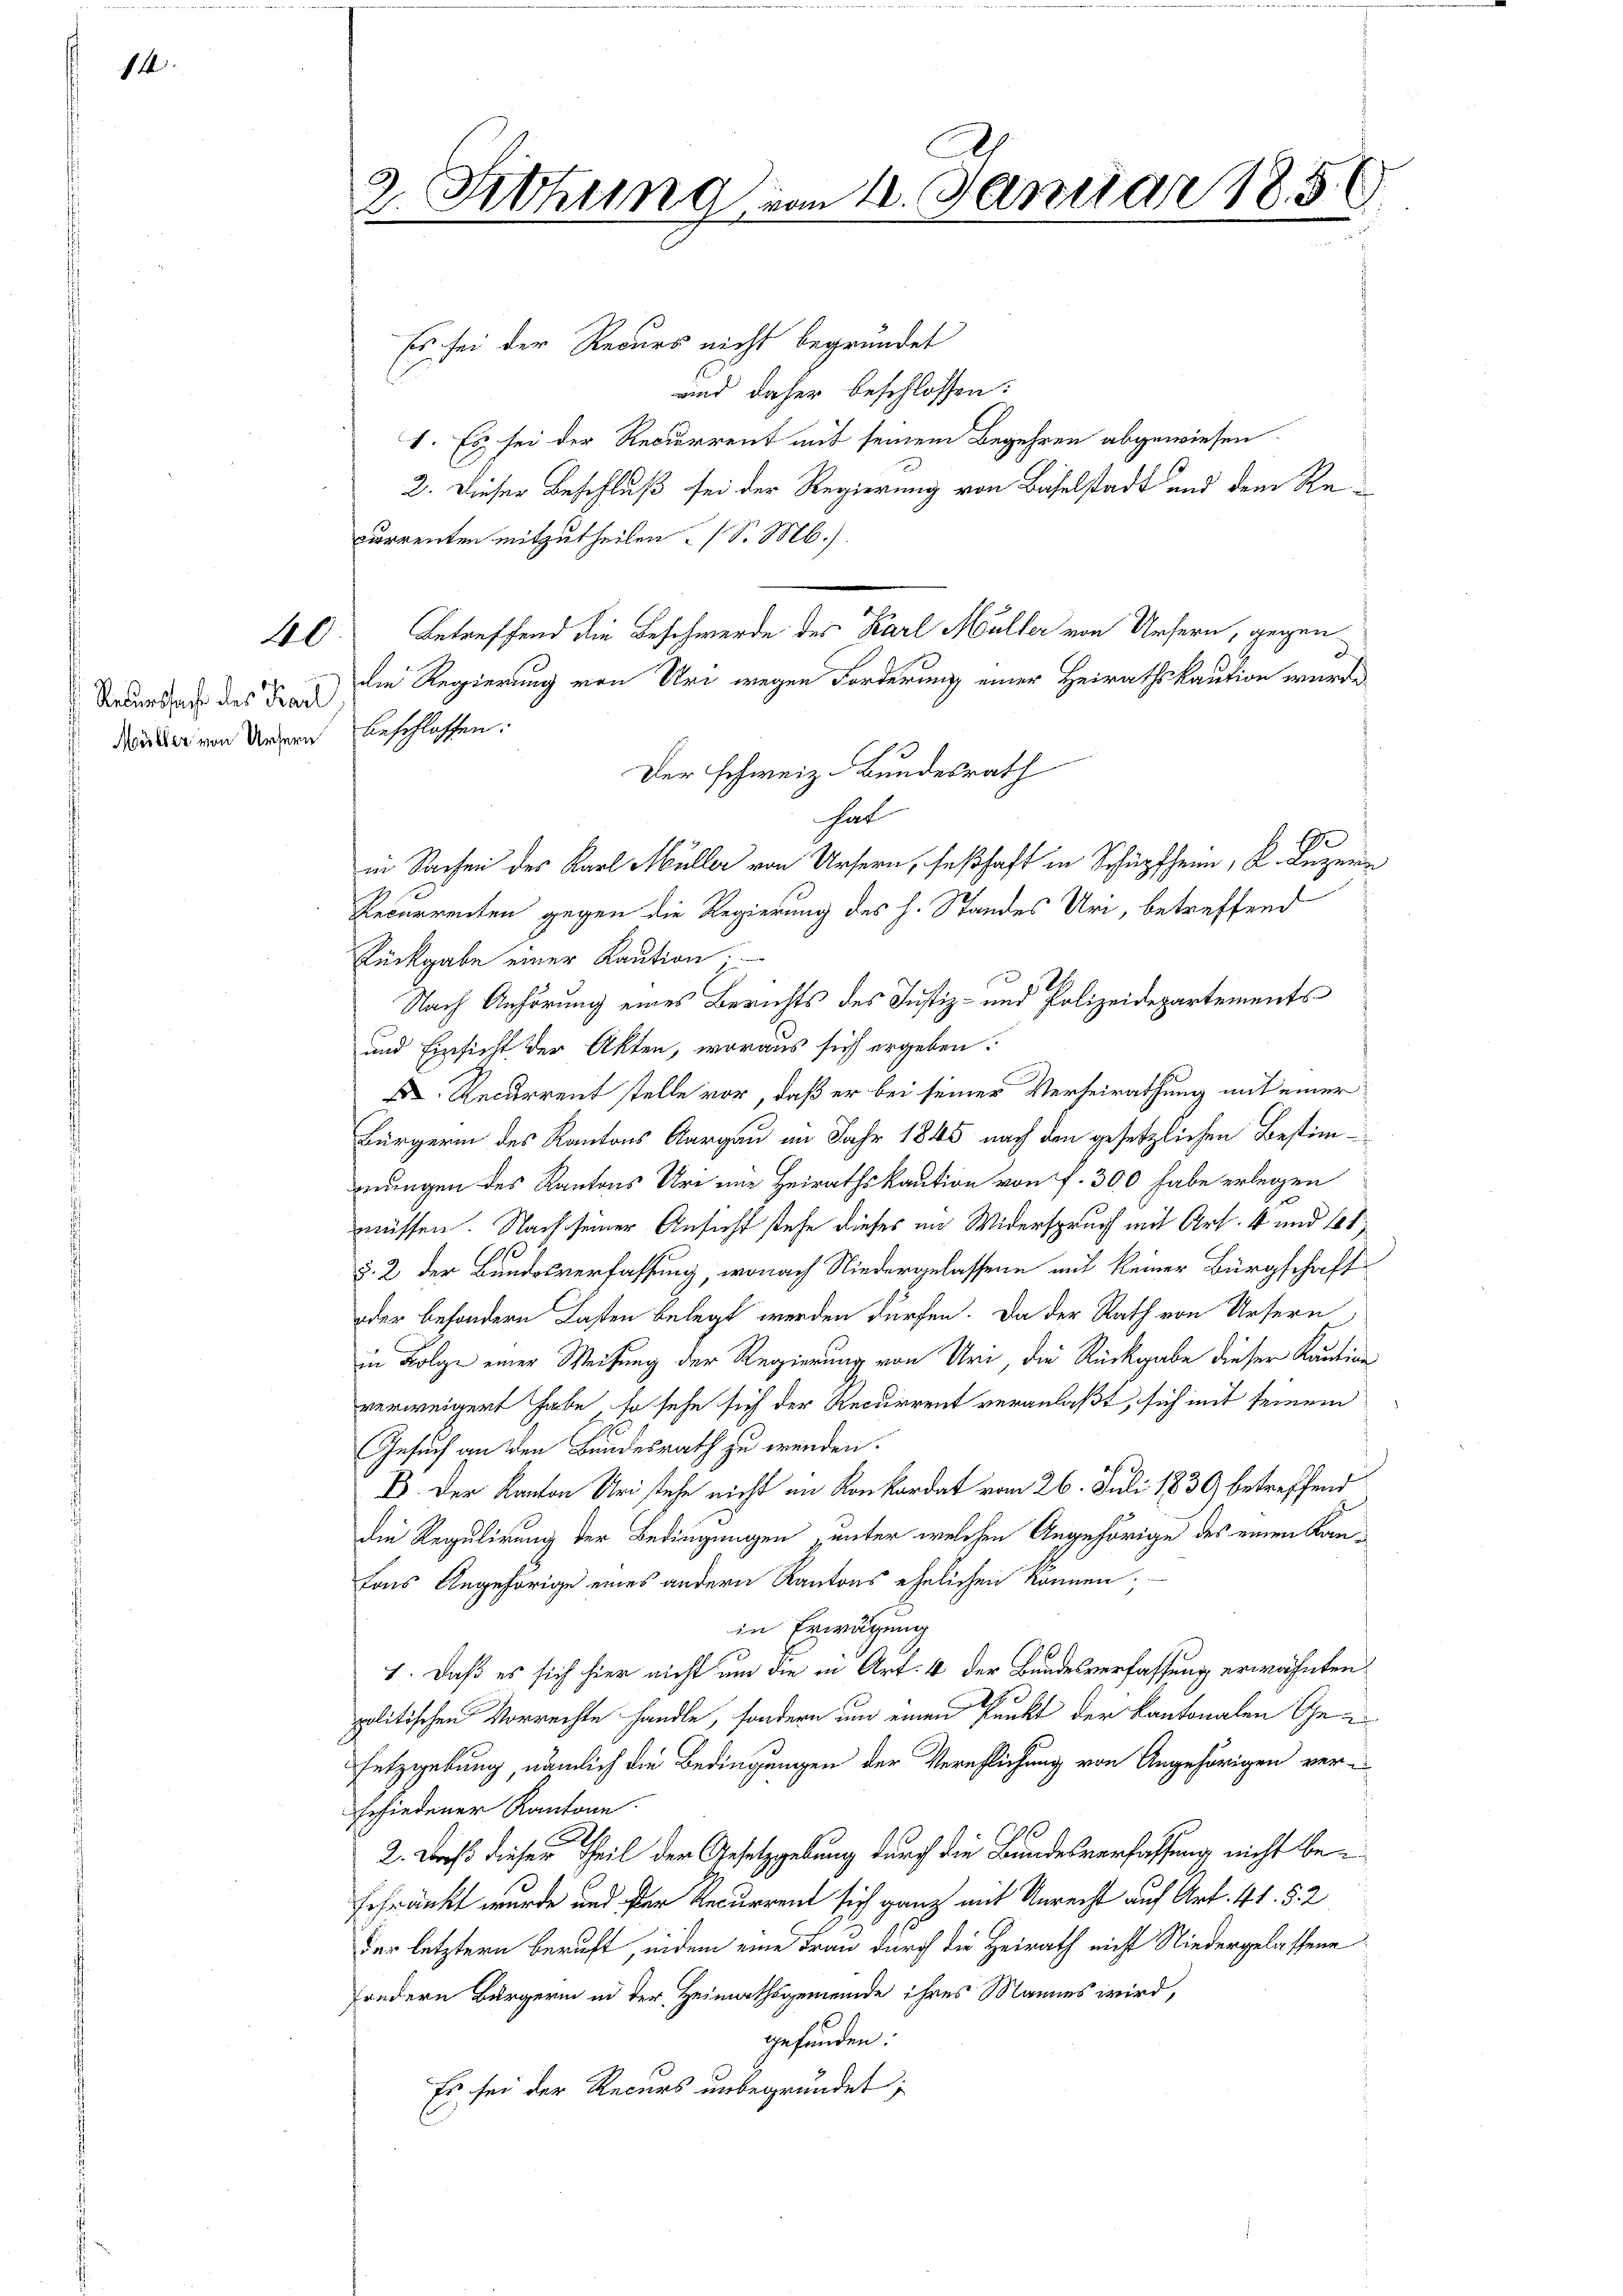
14

40

Rekurssacht des Karl
Müller von Ursern

.
2. Fettung von 4. Januar 185

Es sei der Recurs nicht begründet
unnd daher beschlossen:
1. Es sei der Recurrent mit seinem Begehren abgewiesen
2. Dieser Beschluß sei der Regierung von Baselstadt und dem Recurrenten mitzutheilen (S. M.)
Betreffend die Beschwerde des Karl Müller von Unsern, gegen
die Regierung von Uri wegen Forderung einer Heirathskaution wurde.
beschlossen:
Der schweiz. Bundesrath
hat
in Sachen des Karl Müller von Ursern, seßhaft in Schüpfheim, K. Luzern
Recurrenten gegen die Regierung des h. Standes Uri, betreffend
Rückgabe einer Kaution.
Nach Anhörung eines Berichts des Justiz- und Polizeidepartements
und Einsicht der Akten, woraus sich ergeben:
D Recurrent stelle vor, daß er bei seiner Verheirathung mit einer
Bürgerin des Kantons Aargau im Jahr 1845 nach den gesetzlichen Bestimmungen des Kantons Uri eine Heirathskaution von f. 300 habe erlegen
müssen. Nach seiner Ansicht stehe dieses im Widerspruch mit Art. 4 und 4t
§. 2 der Bundesverfassung, wonach Niedergelassene mit keiner Bürgschaft
oder besondern Lasten belegt werden dürfen. Da der Rath von Ursern,
in Folge einer Weisung der Regierung von Uri, die Rückgabe dieser Kaution
verweigert habe, so sehe sich der Recurrent veranlaßt, sich mit seinem
Gesuch an den Bundesrath zu wenden.
E. Der Kanton Uri stehe nicht im Konkordat vom 26. Juli 1839 betreffend
die Regulirung der Bedingungen unter welchen Angehörige des einen Kanfons Angehörige eines andern Kantons ehelichen können;
in Erwägung
1. Daß es sich hier nicht um die in Art. 4 der Bundesverfassung erwähnten
politischen Vorrechte handle, sondern um einen Punkt der Kantonalen Ge-
setzgebung, nämlich die Bedingungen der Verehlichung von Angehörigen ver-
Erfindener Kantone.
2. Daß dieser Theil der Gesetzgebung durch die Bundesverfassung nicht beschränkt wurde und der Recurrent sich ganz mit Unrecht auf Art. 41. §. 2
der letztern beruft, indem eine Frau durch die Heirath nicht Niedergelassene
sondern Bürgerin in der Heimathsgemeinde ihres Mannes wird,
gefunden:
Es sei der Recurs unbegründet